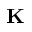
\textbf { K }